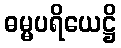
ဓမ္မပရိယေဋ္ဌိ